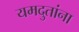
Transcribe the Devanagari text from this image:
यमदुतांना